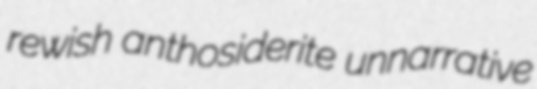
rewish anthosiderite unnarrative